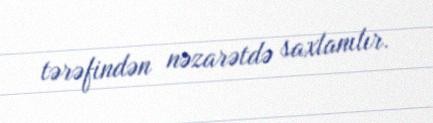
tərəfindən nəzarətdə saxlanılır.